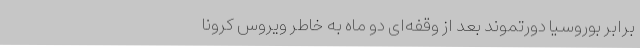
برابر بوروسیا دورتموند بعد از وقفه‌ای دو ماه به خاطر ویروس کرونا